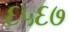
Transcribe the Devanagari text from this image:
६५६७